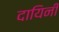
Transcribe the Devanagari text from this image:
दायिनीं